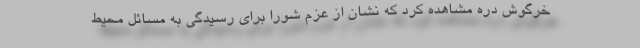
خرگوش دره مشاهده کرد که نشان از عزم شورا برای رسیدگی به مسائل محیط